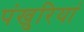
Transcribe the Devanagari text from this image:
पंखुरियां